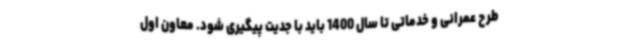
طرح عمرانی و خدماتی تا سال 1400 باید با جدیت پیگیری شود. معاون اول